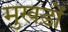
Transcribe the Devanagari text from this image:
मुखड़ों